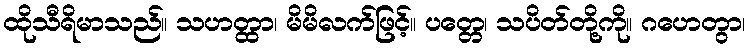
ထိုသီရိမာသည်။ သဟတ္ထာ၊ မိမိလက်ဖြင့်။ ပတ္တေ၊ သပိတ်တို့ကို။ ဂဟေတွာ၊